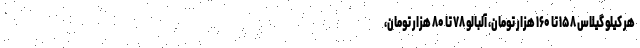
هر کیلو گیلاس ۱۵۸ تا ۱۶۰ هزار تومان، آلبالو ۷۸ تا ۸۰ هزار تومان،